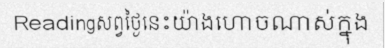
Readingសព្វថ្ងៃនេះយ៉ាងហោចណាស់ក្នុង